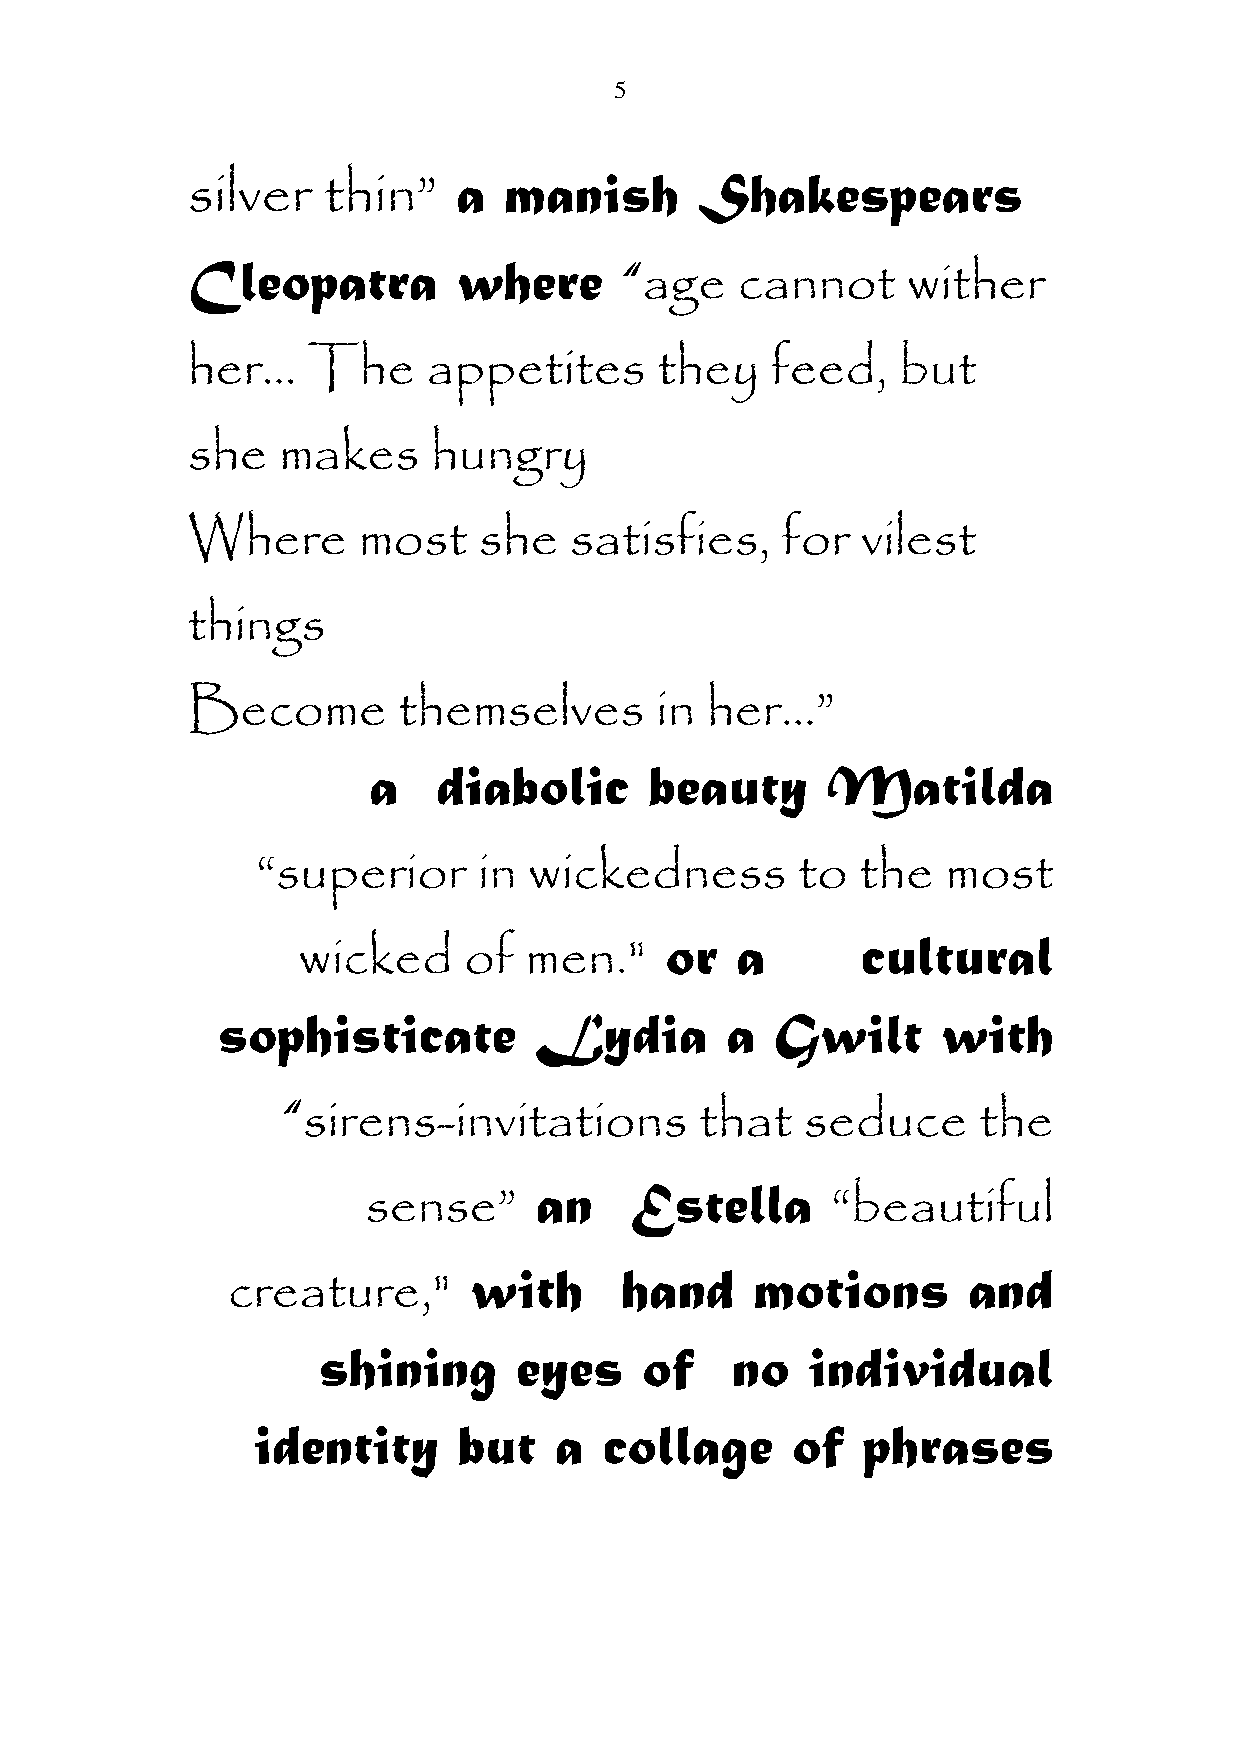
5
 silver   thin”    a  manish       Shakespears
 Cleopatra         where      “age    cannot     wither
 her…    The     appetites      they    feed,   but
 she   makes      hungry
 Where       most    she   satisfies,    for  vilest
 things
 Become        themselves       in  her…”
 a    diabolic      beauty      Matilda
 “superior      in wickedness        to  the   most
 wicked     of  men."    or   a       cultural
 sophisticate         Lydia        a  Gwilt      with
 “sirens-invitations        that   seduce      the
 sense”     an     Estella      “beautiful
 creature,"      with      hand     motions       and
 shining      eyes    of    no   individual
 identity     but    a  collage     of   phrases